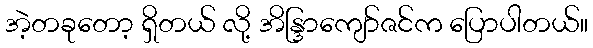
အဲ့တခုတော့ ရှိတယ် လို့ အိန္ဒြာကျော်ဇင်က ပြောပါတယ်။